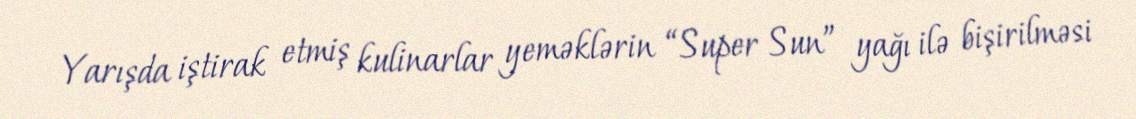
Yarışda iştirak etmiş kulinarlar yeməklərin “Super Sun” yağı ilə bişirilməsi